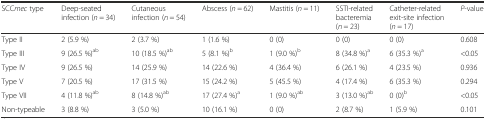
| SCCmec type | Deep-seated infection (n = 34) | Cutaneous infection (n = 54) | Abscess (n = 62) | Mastitis (n = 11) | SSTI-related bacteremia (n = 23) | Catheter-related exit-site infection (n = 17) | P-value |
 | --- | --- | --- | --- | --- | --- | --- | --- |
 | Type II | 2 (5.9 %) | 2 (3.7 %) | 1 (1.6 %) | 0 (0) | 0 (0) | 0 (0) | 0.608 |
 | Type III | 9 (26.5 %)ab | 10 (18.5 %)ab | 5 (8.1 %)b | 1 (9.0 %)b | 8 (34.8 %)a | 6 (35.3 %)a | <0.05 |
 | Type IV | 9 (26.5 %) | 14 (25.9 %) | 14 (22.6 %) | 4 (36.4 %) | 6 (26.1 %) | 4 (23.5 %) | 0.936 |
 | Type V | 7 (20.5 %) | 17 (31.5 %) | 15 (24.2 %) | 5 (45.5 %) | 4 (17.4 %) | 6 (35.3 %) | 0.294 |
 | Type VII | 4 (11.8 %)ab | 8 (14.8 %)ab | 17 (27.4 %)a | 1 (9.0 %)ab | 3 (13.0 %)ab | 0 (0)b | <0.05 |
 | Non-typeable | 3 (8.8 %) | 3 (5.0 %) | 10 (16.1 %) | 0 (0) | 2 (8.7 %) | 1 (5.9 %) | 0.101 |